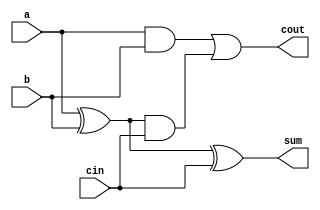
`timescale 1ns / 1ps
module adder_1_bit(a,b,cin,sum,cout);
    input a,b,cin;
    output sum,cout;
    wire sum1,c1,c2;
    xor(sum1,a,b);
    xor(sum,sum1,cin);
    and(c1,a,b);
    and(c2,sum1,cin);
    or(cout,c1,c2);

endmodule